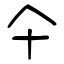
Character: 仐